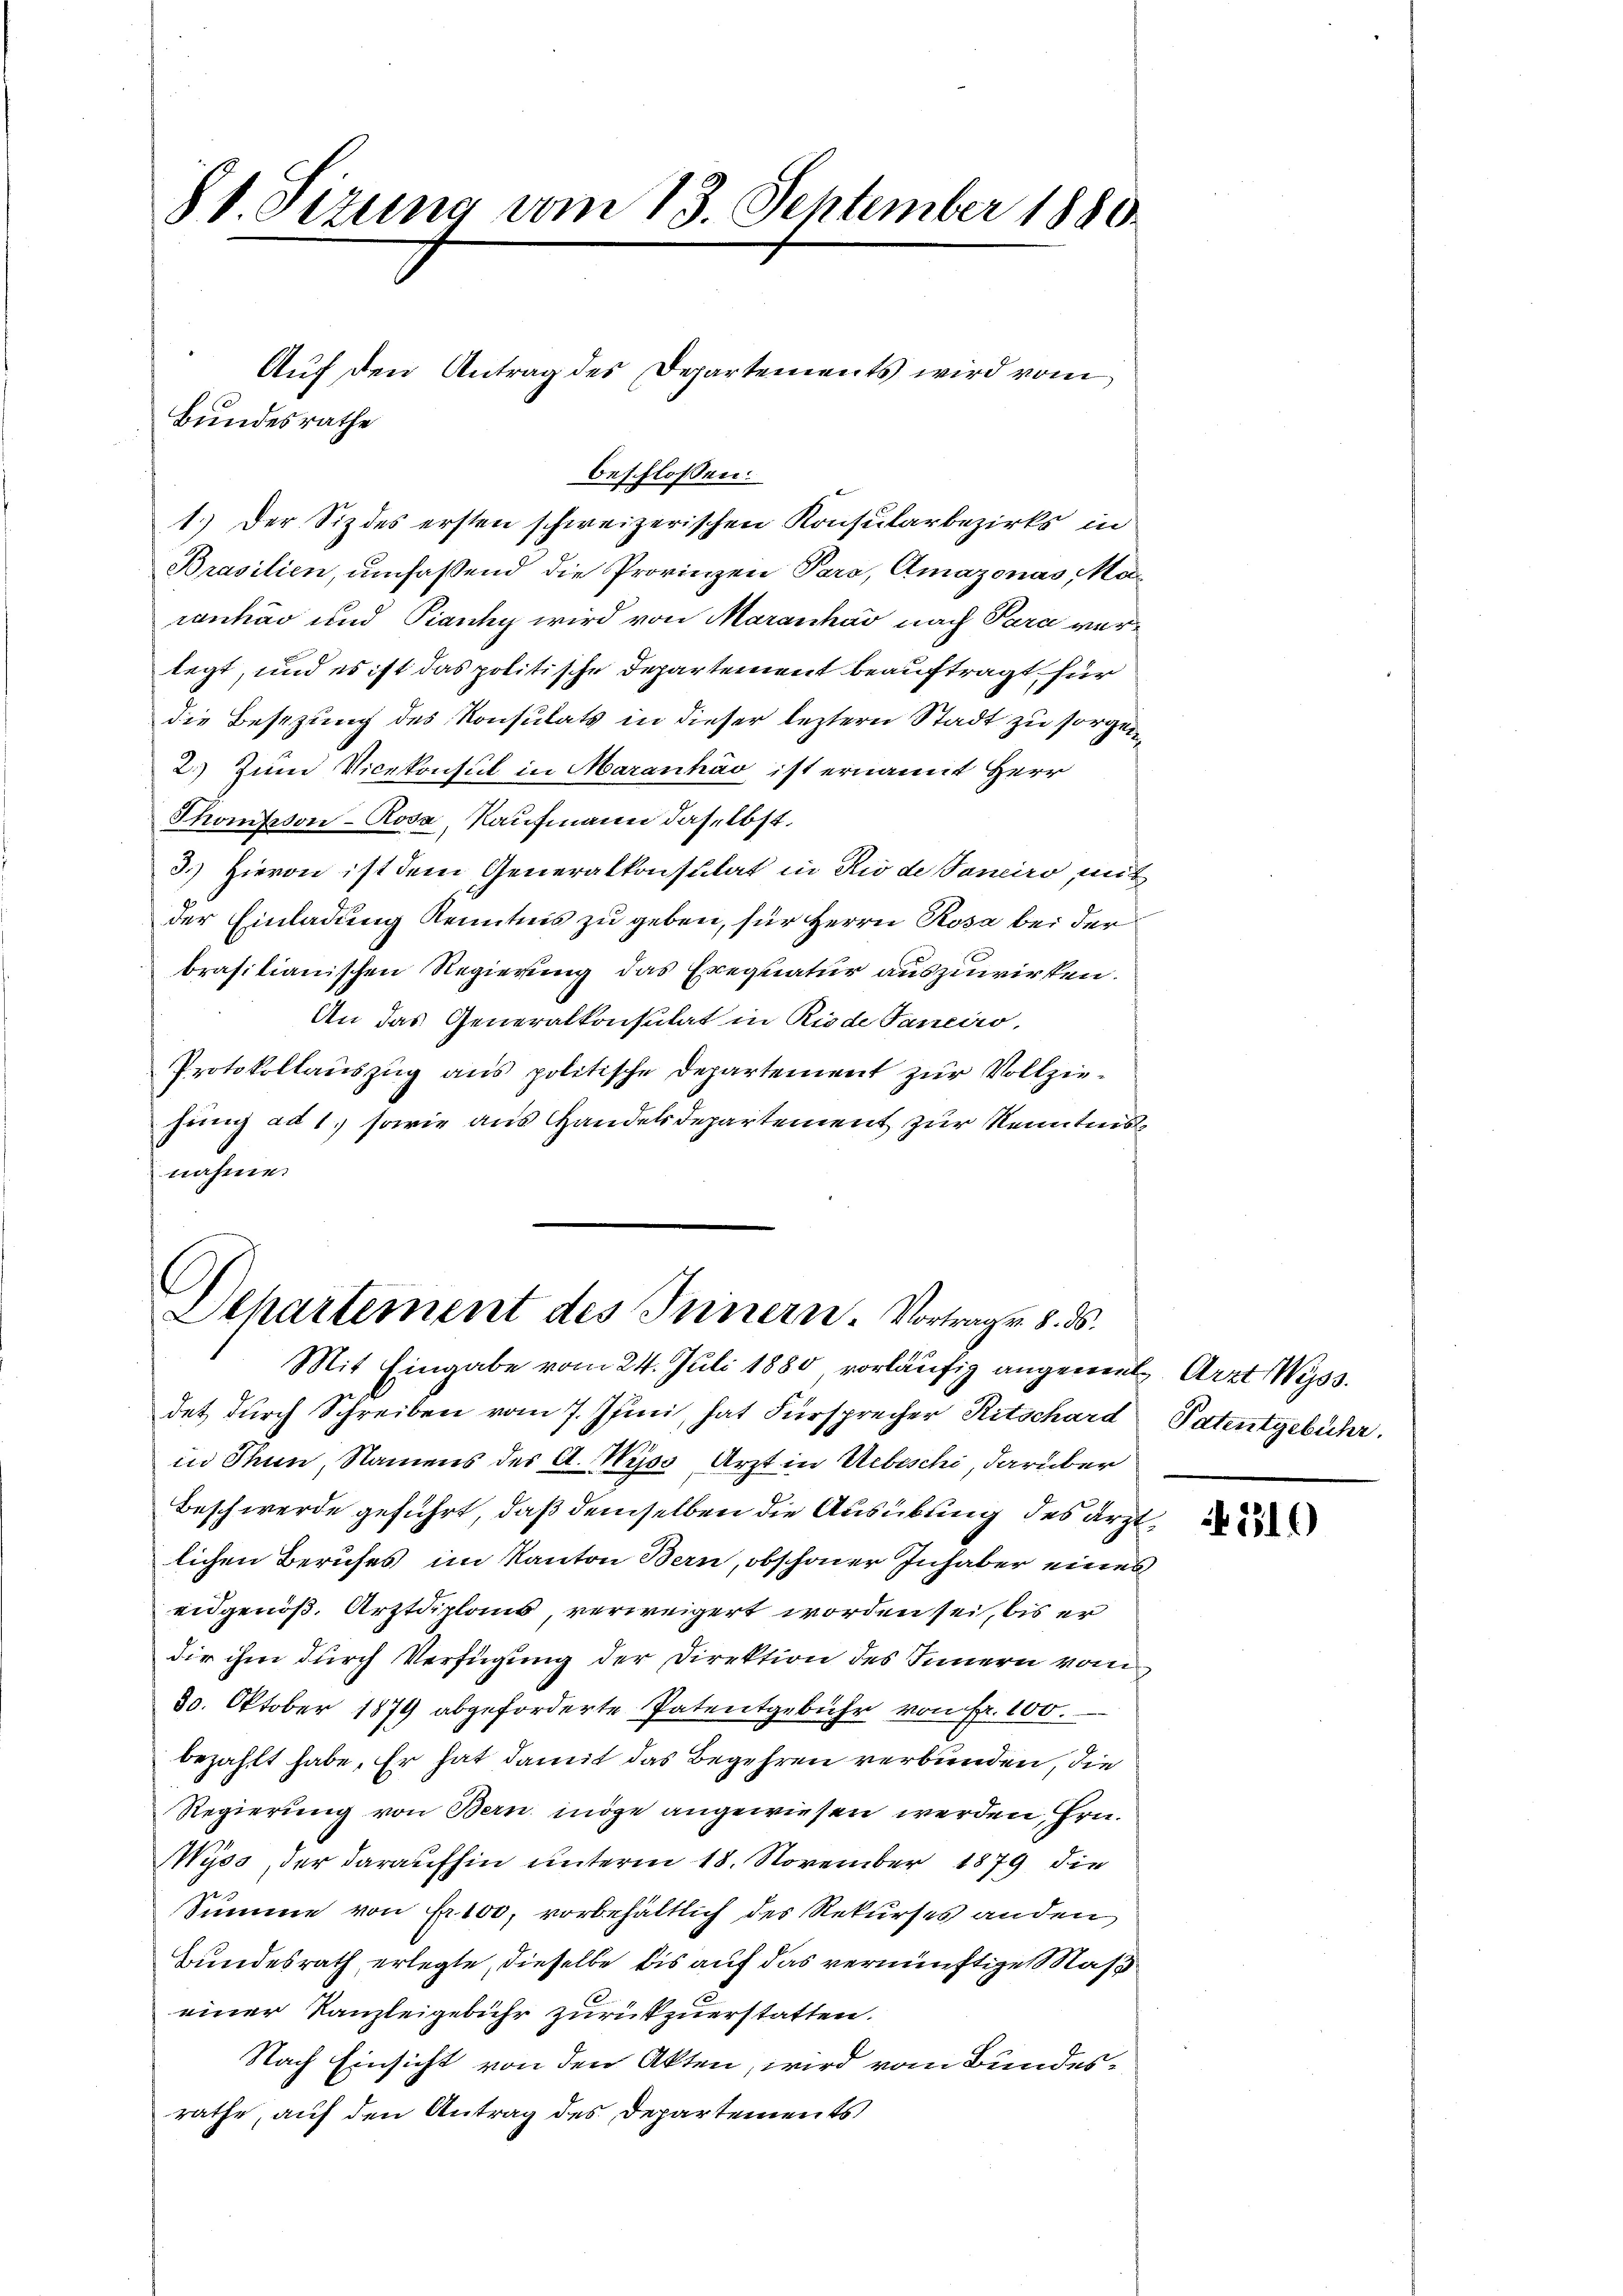
§1. Sizung vom 13. September 1880

Bundesrathe

Auf den Antrag des Departements wird vom

beschlossen:
1.) Der Siz des ersten schweizerischen Konsularbezirks in
Brasilien, umfaßend die Provinzen Paro, Amazonas, Maranháv und Pianhy wird von Maranhar nach Para verlegt, und es ist das politische Departement beauftragt für
die Besizung des Konsulats in dieser leztern Stadt zu sorgen
2.) Zum Vicekonsul in Maranháv ist ernannt Herr
Thonfron-Rosa, Kaufmann daselbst.
3.) Hievon ist dem Generalkonsulat in Rio de Tanciro, mit
der Einladung Kenntnis zu geben, für Herrn Rosa bei der
brasitianischen Regierung das Exequatur auszuwirken.
An das Generalkonsulat in Riode Janeiro,
Protokollauszug aus politische Departement zur Vollziehung ad 1. sowie aus Handelsdepartement zur Kenntnis
nahme.

Dehartement des Innern. Vortrag v. 8. ds.

Mit Eingabe vom 24. Juli 1880 vorläufig angement Arzt Wyss.
det durch Schreiben vom 7. Juni, hat Fürsprecher Ritschard
in Thun, Namens der A. Wyss, Arzt in Uebischi, darüber
Beschwerde geführt, daß demselben die Ausübung des ärztlichen Berufes im Kanton Bern, obschoner Inhaber eines
eidgenöß. Arztdiplans, verweigert worden sei, bis er
die ihm durch Verfügung der Direktion des Innern vom
30. Oktober 1879 abgeforderte Patentgebühr von fr. 100.
bezahlt habe. Er hat damit das Begehren verbunden, die
Regierung von Bern möge angewiesen werden Hrn.
Wyss, der daraufhin unterm 18. November 1879 die
Summe von Fr. 100, vorbehältlich des Rekurses anden
Bundesrath erlegte, dieselbe bis auf das vernünftige Mass
einer Kanzleigebühr zurükzuerstatten.
Nach Einsicht von den Akten, wird vom Bundesrathe, auf den Antrag des Departements

Patentgebühr.

116)